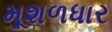
મૂશળધાર